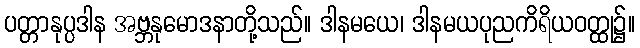
ပတ္တာနုပ္ပဒါန အဗ္ဘနုမောဒနာတို့သည်။ ဒါနမယေ၊ ဒါနမယပုညကိရိယဝတ္ထု၌။